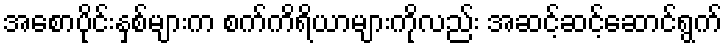
အစောပိုင်းနှစ်များက စက်ကိရိယာများကိုလည်း အဆင့်ဆင့်ဆောင်ရွက်